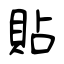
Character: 貼